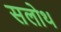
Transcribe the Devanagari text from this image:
सलोथ